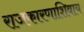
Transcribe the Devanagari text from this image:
राजकारणाशिवाय